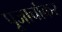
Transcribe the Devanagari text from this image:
पूजार्चाकर